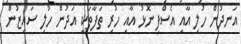
އަނދުން ހުލި އާއި އެސްފިނޮޅު އާއި ހުރި ތަފާތަކީ އަދުން ހުލި ސައިޒުން